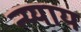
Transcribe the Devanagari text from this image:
न्य्याय